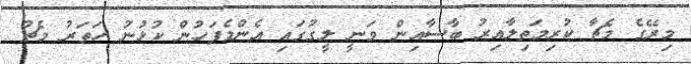
މިރޭގެ މެޗާ ކުރިމަތިލާއިރު ބާސާއިން ވަނީ ލީގުގައި އެންމެފަހުން ކުޅުނު ހަތަރު މެޗު